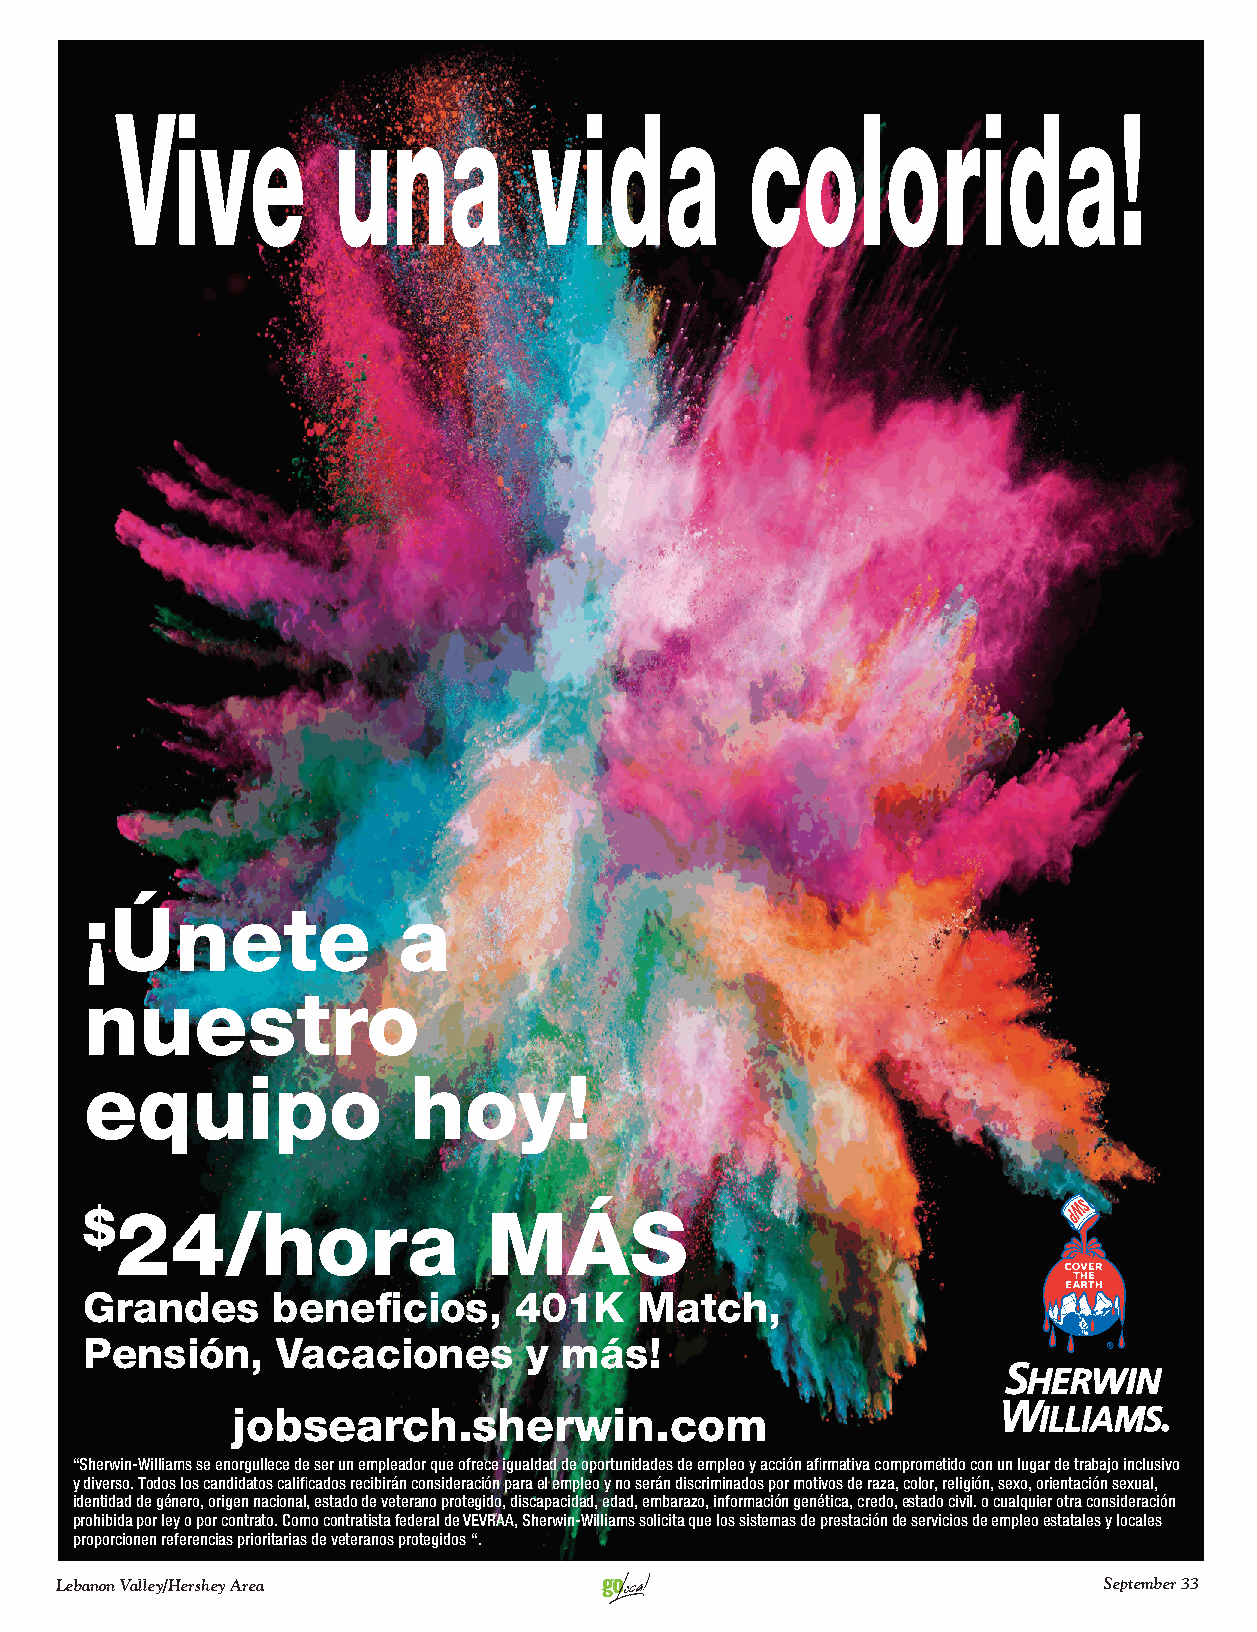
Vive          una          vida           colorida!
 ¡Únete              a
 nuestro
 equipo               hoy!
 $24/hora                  MÁS
 Grandes     beneficios,     401K    Match,
 Pensión,    Vacaciones       y más!
 jobsearch.sherwin.com
 “Sherwin-Williams se enorgullece de ser un empleador que ofrece igualdad de oportunidades de empleo y acción afirmativa comprometido con un lugar de trabajo inclusivo
 y diverso. Todos los candidatos calificados recibirán consideración para el empleo y no serán discriminados por motivos de raza, color, religión, sexo, orientación sexual,
 identidad de género, origen nacional, estado de veterano protegido, discapacidad, edad, embarazo, información genética, credo, estado civil. o cualquier otra consideración
 prohibida por ley o por contrato. Como contratista federal de VEVRAA, Sherwin-Williams solicita que los sistemas de prestación de servicios de empleo estatales y locales
 proporcionen referencias prioritarias de veteranos protegidos “.
 Lebanon Valley/Hershey Area                                          September 33